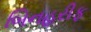
બિનહરીફ